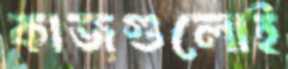
কাজগুলোই